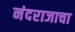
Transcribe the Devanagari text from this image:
नंदराजाचा